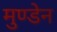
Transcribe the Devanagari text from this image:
मुण्‍डेन